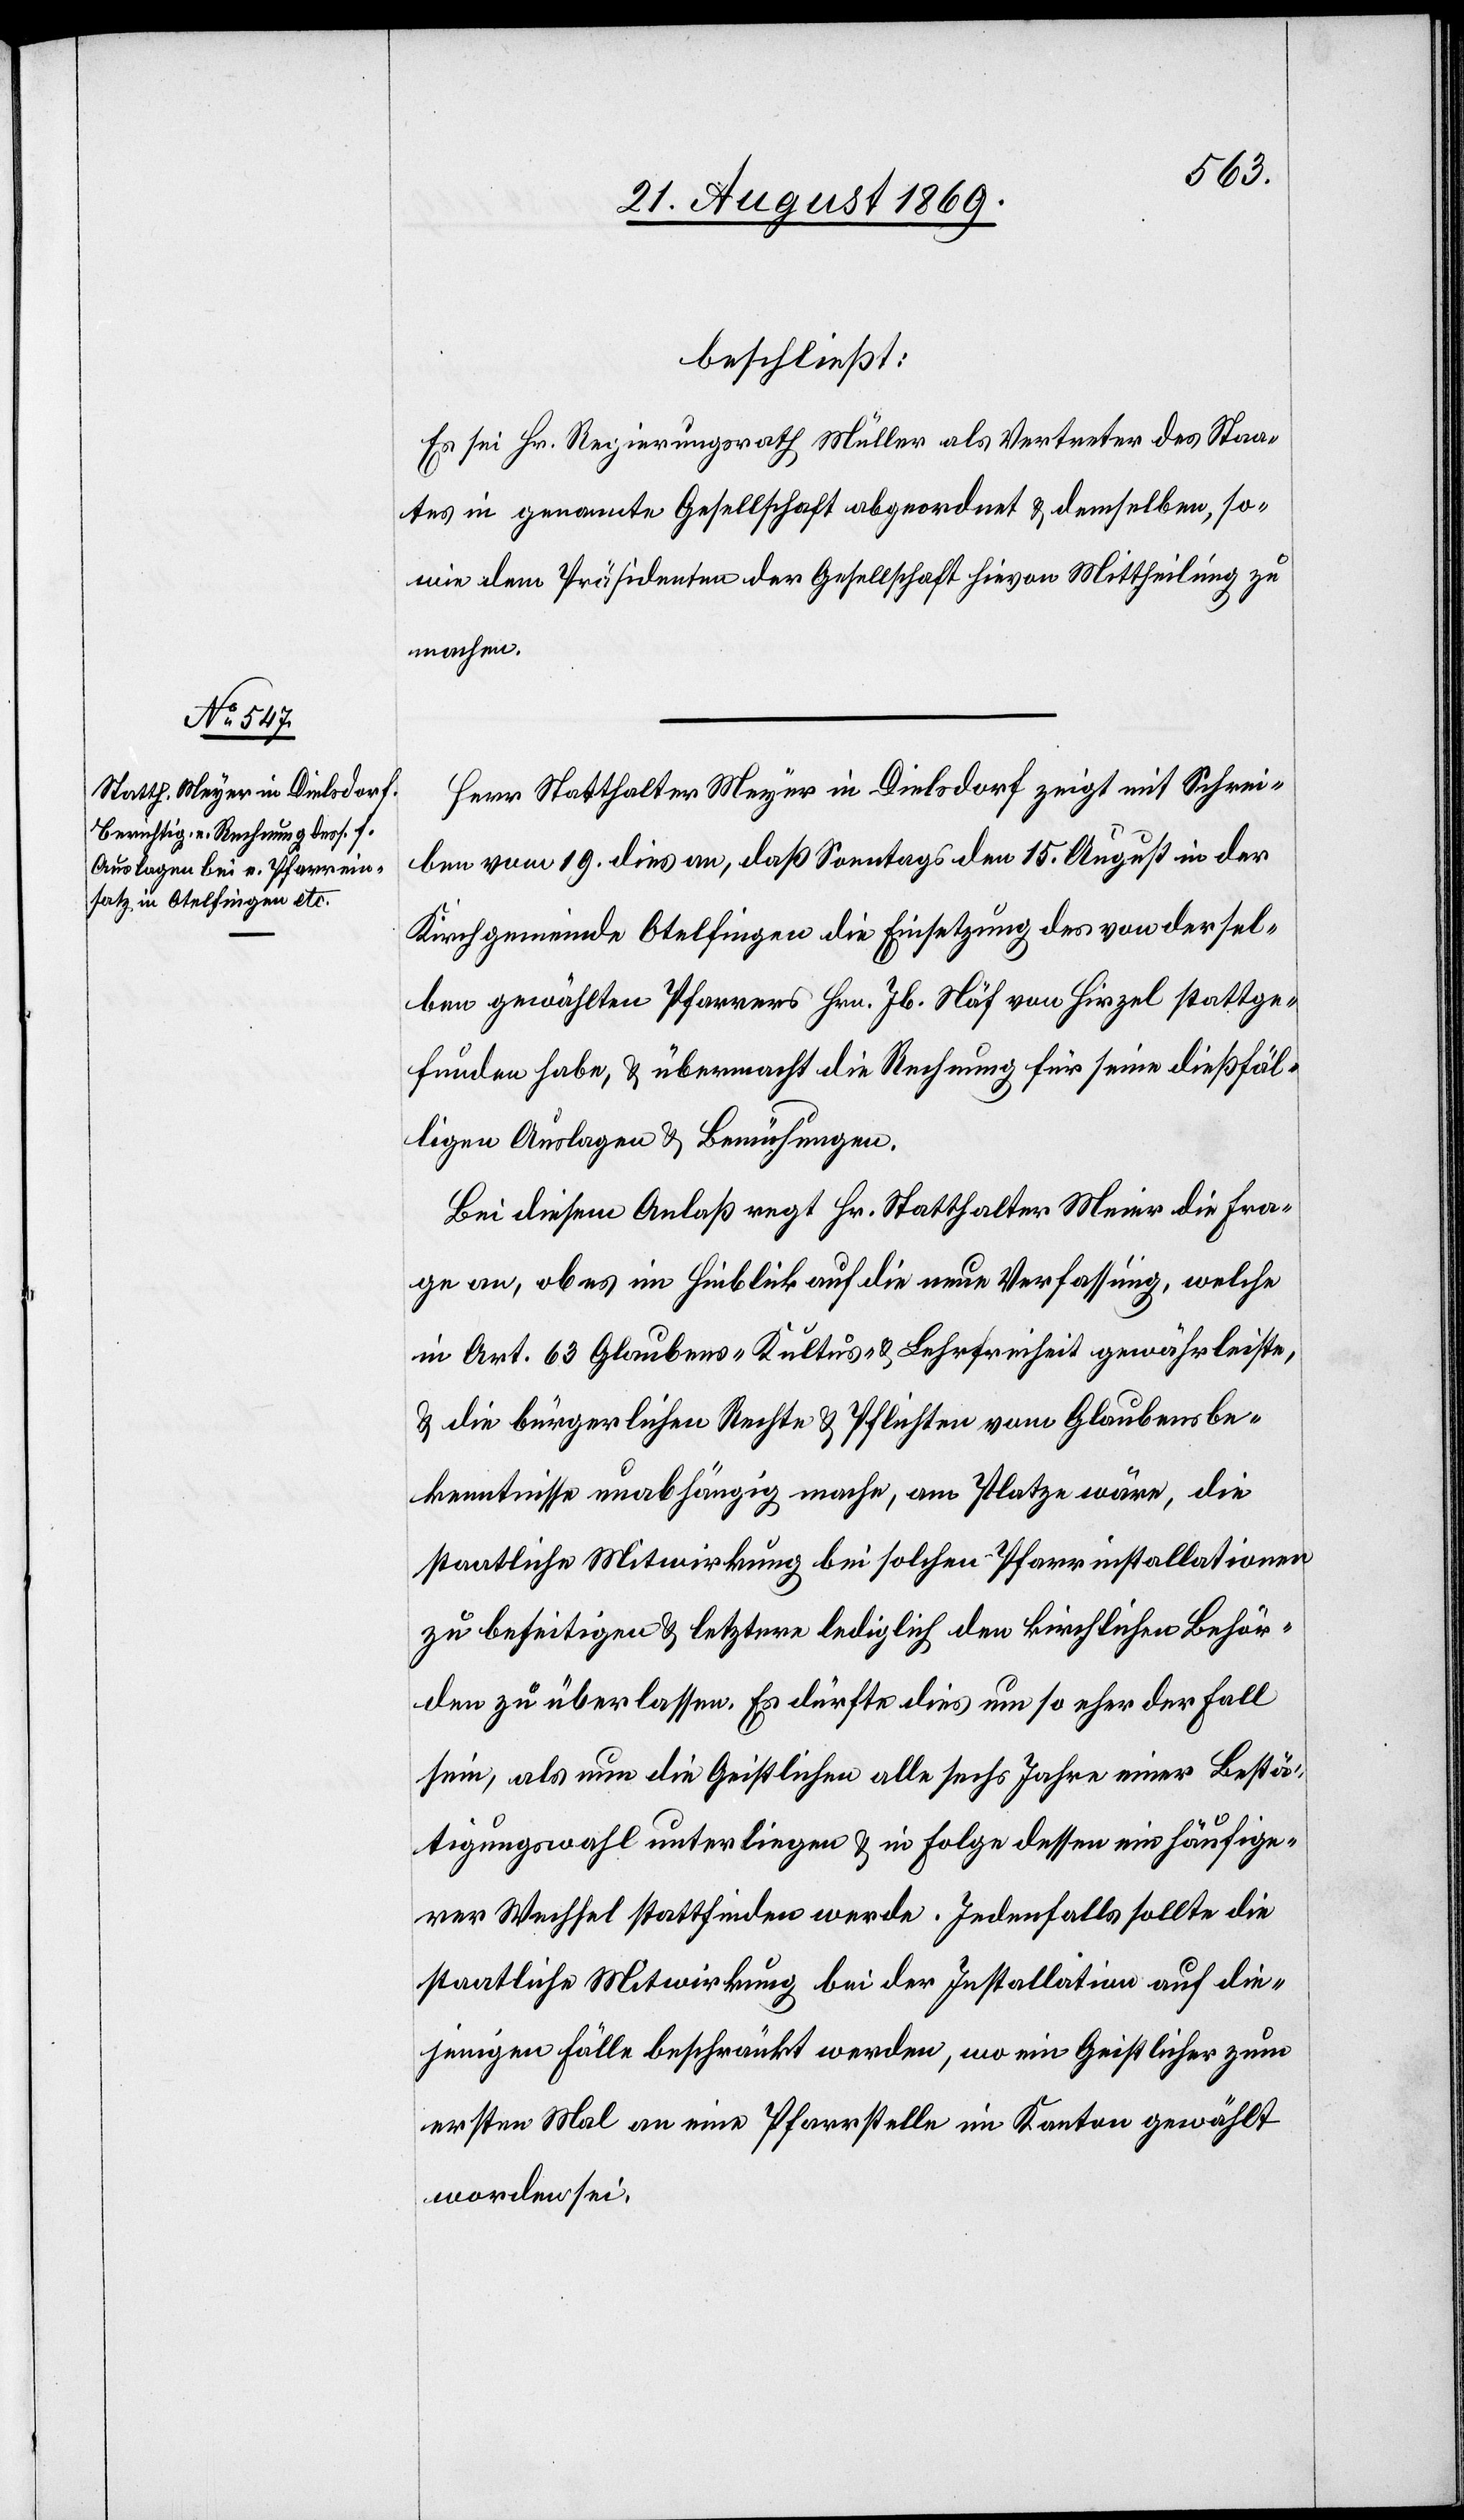
beschließt:
Es sei Hr. Regierungsrath Müller als Vertreter des Staa¬
tes in genannte Gesellschaft abgeordnet & demselben, so¬
wie dem Präsidenten der Gesellschaft hievon Mittheilung zu
machen.
Herr Statthalter Meyer in Dielsdorf zeigt mit Schrei¬
ben vom 19. dies an, daß Sonntags den 15. August in der
Kirchgemeinde Otelfingen die Einsetzung des von dersel¬
ben gewählten Pfarrers Hrn. Jb. Näf von Hirzel stattge¬
funden haben, & übermacht die Rechnung für seine dießfäl¬
ligen Auslagen & Bemühungen.
Bei diesem Anlaß regt Hr. Statthalter Meier [sic!] die Fra¬
ge an, ob es im Hinblick auf die neue Verfassung, welche
in Art. 63 Glaubens- Kultus- & Lehrfreiheit gewährleiste,
& die bürgerlichen Rechte & Pflichten vom Glaubensbe¬
kenntnisse unabhängig mache, am Platze wäre, die
staatliche Mitwirkung bei solchen Pfarrinstallationen
zu beseitigen & letztere lediglich den kirchlichen Behör¬
den zu überlassen. Es dürfte dies um so eher der Fall
sein, als nun die Geistlichen alle sechs Jahre einer Bestä¬
tigungswahl unterliegen & in Folge dessen ein häufige¬
rer Wechsel stattfinden werde. Jedenfalls sollte die
staatliche Mitwirkung bei der Installation auf die¬
jenigen Fälle beschränkt werden, wo ein Geistlicher zum
ersten Mal an eine Pfarrstelle im Kanton gewählt
worden sei.